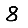
Digit: 8